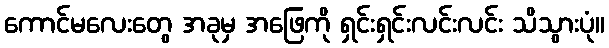
ကောင်မလေးတွေ အခုမှ အဖြေကို ရှင်းရှင်းလင်းလင်း သိသွားပုံ။